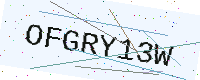
Text: OFGRY13W